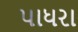
પાધરા